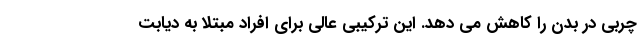
چربی در بدن را کاهش می دهد. این ترکیبی عالی برای افراد مبتلا به دیابت